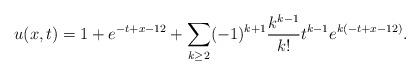
LaTeX: \begin{align*} u(x,t)=1+e^{-t+x-12}+\sum\limits_{k\geq 2}(-1)^{k+1}\frac{k^{k-1}}{k!} t^{k-1}e^{k(-t+x-12)}.\end{align*}